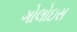
ગોલોઇસ